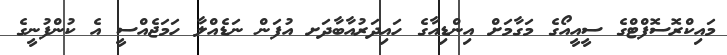
މައިކްރޮސޮފްޓްގެ ސީއީއޯގެ މަގާމަށް އިންޑިއާގެ ހައިދަރުއާބާދަށ އުފަން ނަޑެއްލާ ހަމަޖެއްސީ އެ ކުންފުނީގެ